Annual report on the working of the lock hospitals in the Central Provinces
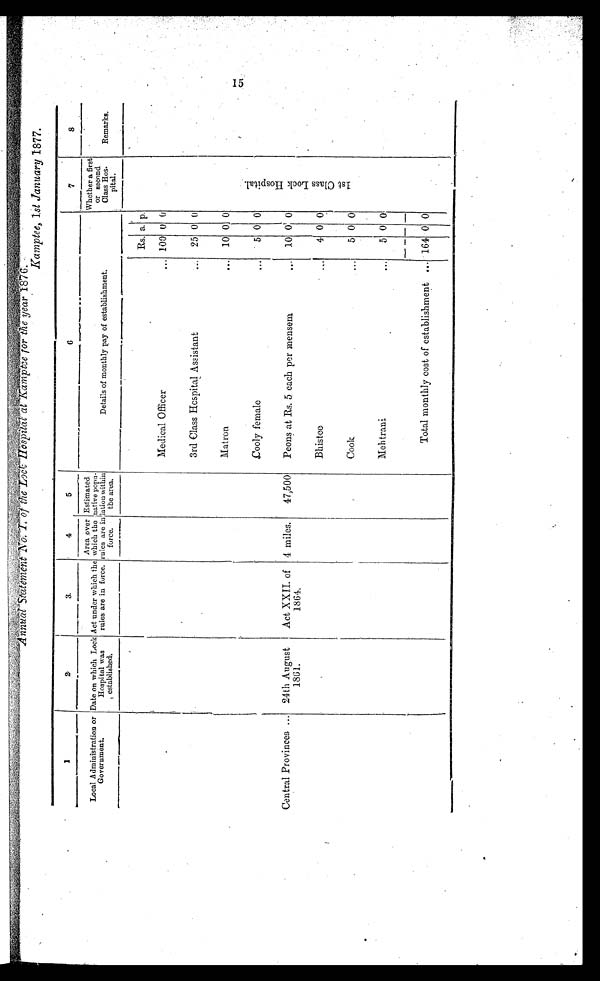
Kamptee, 1st January 1877.
1
2
3
4
5
6
7
8
Local Administration or
Government.
Date on which Lock
Hospital was
established.
Act under which the
rules are in force.
Area over
which the
rules are in
force.
Estimated
native popu
lation within
the area.
Details of monthly pay of establishment.
Whether a first
or second
Class Hos
pital.
Remarks.
Rs. a. p.
1 s t C l a s s L o c k H o s p i t a l .
Medical Officer
... 100 0 0
3rd Class Hospital Assistant
. . . 25 0 0
Matron
... 10 0 0
Cooly female
. . . 25 0 0
Central Provinces ... 24th August
1861.
Act XXII. of
1864.
4 miles. 47,500 Peons at Rs. 5 each per mensem
... 10 0 0
Bhistee
...
4 0 0
Cook
5 0 0
Mehtrani
...
5 0 0
Total monthly cost of establishment ... 164 0 0